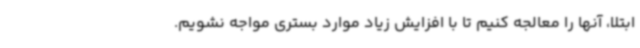
ابتلا، آنها را معالجه کنیم تا با افزایش زیاد موارد بستری مواجه نشویم.